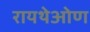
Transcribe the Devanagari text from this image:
रायथेओण